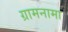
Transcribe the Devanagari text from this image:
ग्रामनामा